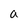
Character: a